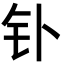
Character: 钋